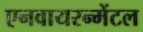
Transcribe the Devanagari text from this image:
एनवायरन्मेंटल